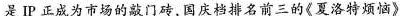
是IP正成为市场的敲门砖国庆档排名前三的《夏洛特烦恼》